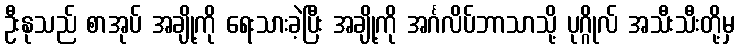
ဦးနုသည် စာအုပ် အချို့ကို ရေးသားခဲ့ပြီး အချို့ကို အင်္ဂလိပ်ဘာသာသို့ ပုဂ္ဂိုလ် အသီးသီးတို့မှ